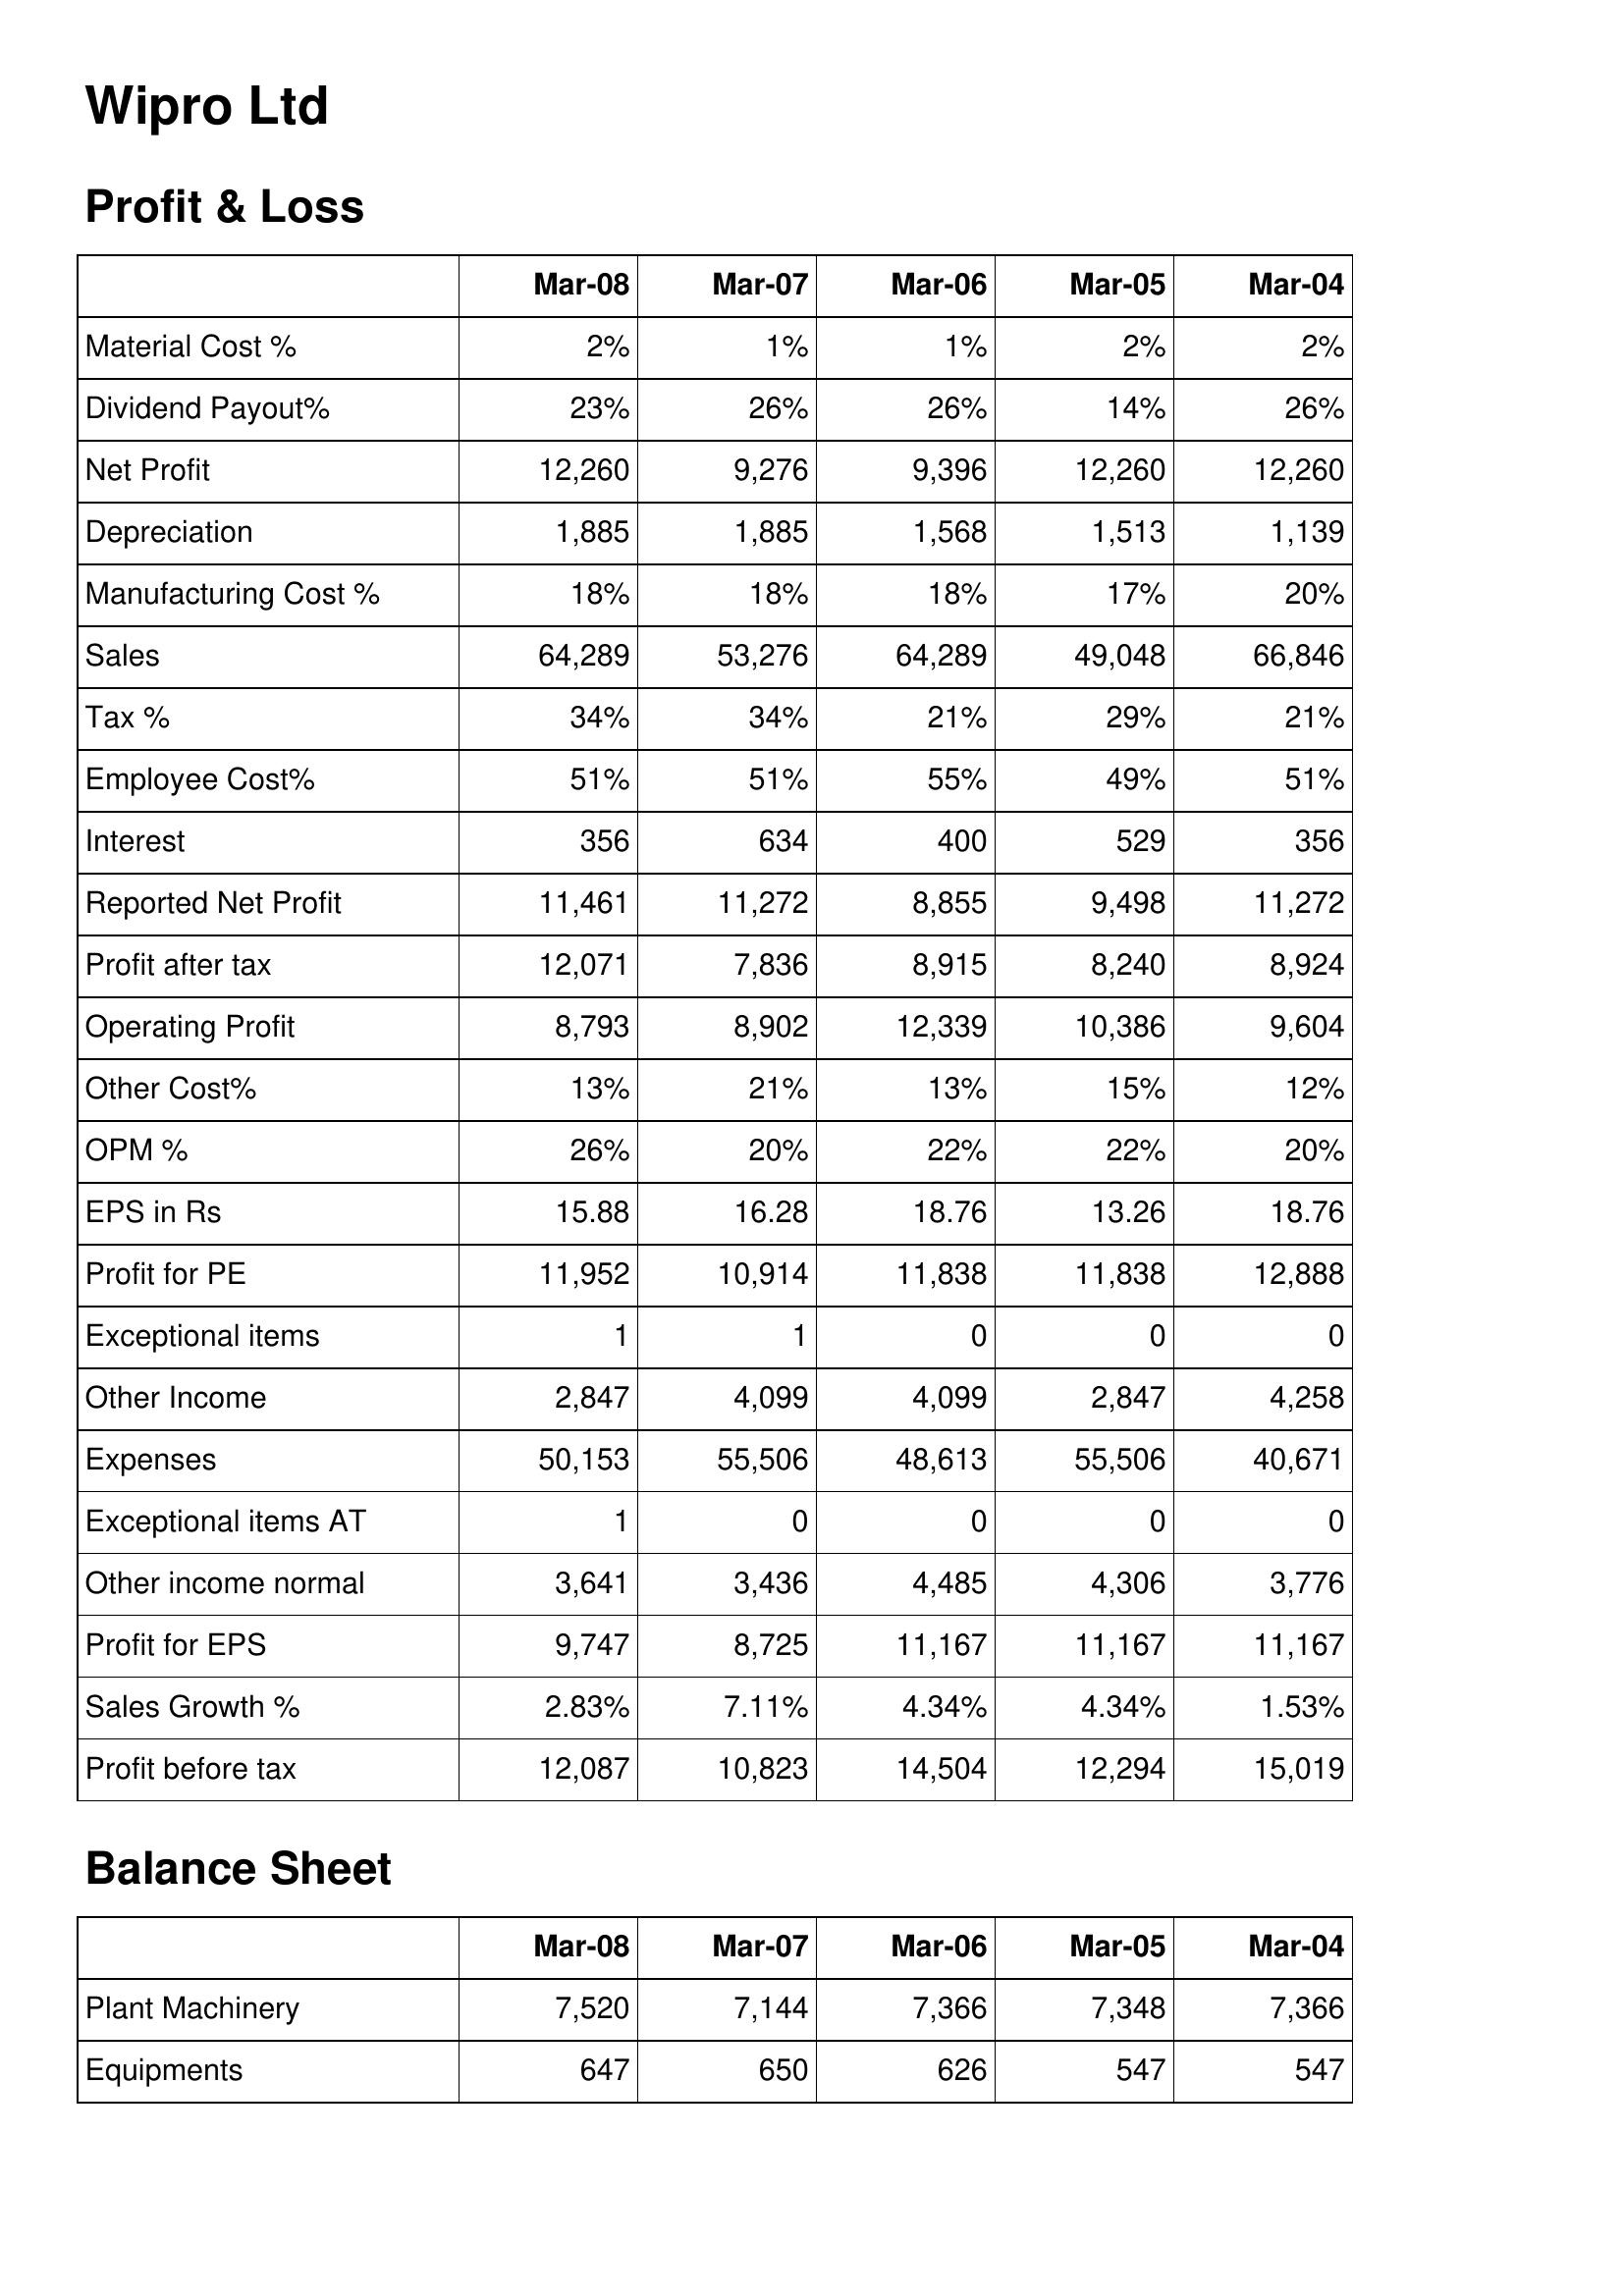
Mar-08: Profit & Loss: Material Cost %: 2%
Dividend Payout%: 23%
Net Profit: 12,260
Depreciation: 1,885
Manufacturing Cost %: 18%
Sales: 64,289
Tax %: 34%
Employee Cost%: 51%
Interest: 356
Reported Net Profit: 11,461
Profit after tax: 12,071
Operating Profit: 8,793
Other Cost%: 13%
OPM %: 26%
EPS in Rs: 15.88
Profit for PE: 11,952
Exceptional items: 1
Other Income: 2,847
Expenses: 50,153
Exceptional items AT: 1
Other income normal: 3,641
Profit for EPS: 9,747
Sales Growth %: 2.83%
Profit before tax: 12,087
Balance Sheet: Plant Machinery: 7,520
Equipments: 647
Mar-07: Profit & Loss: Material Cost %: 1%
Dividend Payout%: 26%
Net Profit: 9,276
Depreciation: 1,885
Manufacturing Cost %: 18%
Sales: 53,276
Tax %: 34%
Employee Cost%: 51%
Interest: 634
Reported Net Profit: 11,272
Profit after tax: 7,836
Operating Profit: 8,902
Other Cost%: 21%
OPM %: 20%
EPS in Rs: 16.28
Profit for PE: 10,914
Exceptional items: 1
Other Income: 4,099
Expenses: 55,506
Exceptional items AT: 0
Other income normal: 3,436
Profit for EPS: 8,725
Sales Growth %: 7.11%
Profit before tax: 10,823
Balance Sheet: Plant Machinery: 7,144
Equipments: 650
Mar-06: Profit & Loss: Material Cost %: 1%
Dividend Payout%: 26%
Net Profit: 9,396
Depreciation: 1,568
Manufacturing Cost %: 18%
Sales: 64,289
Tax %: 21%
Employee Cost%: 55%
Interest: 400
Reported Net Profit: 8,855
Profit after tax: 8,915
Operating Profit: 12,339
Other Cost%: 13%
OPM %: 22%
EPS in Rs: 18.76
Profit for PE: 11,838
Exceptional items: 0
Other Income: 4,099
Expenses: 48,613
Exceptional items AT: 0
Other income normal: 4,485
Profit for EPS: 11,167
Sales Growth %: 4.34%
Profit before tax: 14,504
Balance Sheet: Plant Machinery: 7,366
Equipments: 626
Mar-05: Profit & Loss: Material Cost %: 2%
Dividend Payout%: 14%
Net Profit: 12,260
Depreciation: 1,513
Manufacturing Cost %: 17%
Sales: 49,048
Tax %: 29%
Employee Cost%: 49%
Interest: 529
Reported Net Profit: 9,498
Profit after tax: 8,240
Operating Profit: 10,386
Other Cost%: 15%
OPM %: 22%
EPS in Rs: 13.26
Profit for PE: 11,838
Exceptional items: 0
Other Income: 2,847
Expenses: 55,506
Exceptional items AT: 0
Other income normal: 4,306
Profit for EPS: 11,167
Sales Growth %: 4.34%
Profit before tax: 12,294
Balance Sheet: Plant Machinery: 7,348
Equipments: 547
Mar-04: Profit & Loss: Material Cost %: 2%
Dividend Payout%: 26%
Net Profit: 12,260
Depreciation: 1,139
Manufacturing Cost %: 20%
Sales: 66,846
Tax %: 21%
Employee Cost%: 51%
Interest: 356
Reported Net Profit: 11,272
Profit after tax: 8,924
Operating Profit: 9,604
Other Cost%: 12%
OPM %: 20%
EPS in Rs: 18.76
Profit for PE: 12,888
Exceptional items: 0
Other Income: 4,258
Expenses: 40,671
Exceptional items AT: 0
Other income normal: 3,776
Profit for EPS: 11,167
Sales Growth %: 1.53%
Profit before tax: 15,019
Balance Sheet: Plant Machinery: 7,366
Equipments: 547